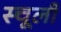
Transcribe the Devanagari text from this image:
स्चूली